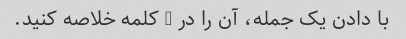
با دادن یک جمله، آن را در 5 کلمه خلاصه کنید.